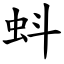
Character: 蚪